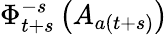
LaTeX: \Phi_{t+s}^{-s}\left(A_{a(t+s)}\right)